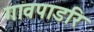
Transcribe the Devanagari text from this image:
गावपाडरि